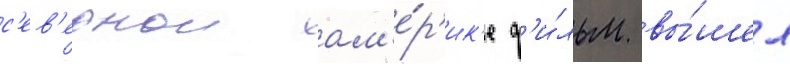
с'ев'ернои ам'е́р'ик'е ф'и́льм вы́шел